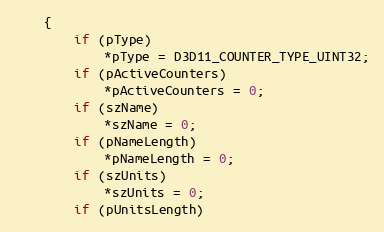
Language: C
	{
		if (pType)
			*pType = D3D11_COUNTER_TYPE_UINT32;
		if (pActiveCounters)
			*pActiveCounters = 0;
		if (szName)
			*szName = 0;
		if (pNameLength)
			*pNameLength = 0;
		if (szUnits)
			*szUnits = 0;
		if (pUnitsLength)